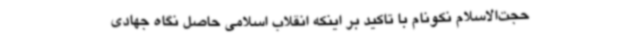
حجت‌الاسلام نکونام با تاکید بر اینکه انقلاب اسلامی حاصل نگاه جهادی